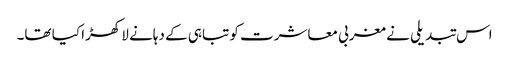
اس تبدیلی نے مغربی معاشرت کو تباہی کے دہانے لا کھڑا کیا تھا۔